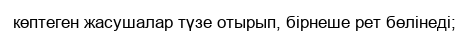
көптеген жасушалар түзе отырып, бірнеше рет бөлінеді;